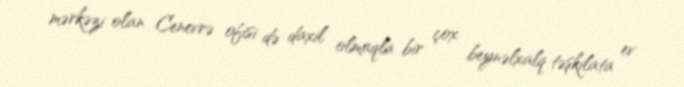
mərkəzi olan Cenevrə ofisi də daxil olmaqla bir çox beynəlxalq təşkilata ev